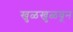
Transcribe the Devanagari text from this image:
खुळखुळवून